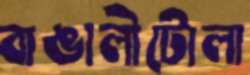
বাঙালীটোলা